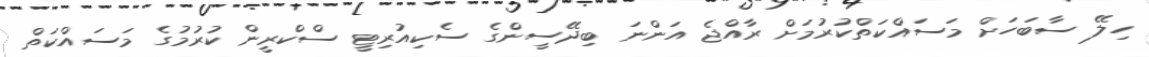
ހިލޭ ސާބަހަށް މަސައްކަތްކުރުމަށް ރާއްޖެ އަންނަ ބިދޭސީންގެ ސެކިއުރިޓީ ސްކްރީން ކުރުމުގެ މަސައްކަތް